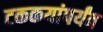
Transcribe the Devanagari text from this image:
टककयांपर्यंत